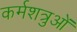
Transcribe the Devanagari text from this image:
कर्मशत्रुओं